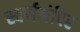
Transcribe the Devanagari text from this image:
स्वर्णमंदिर